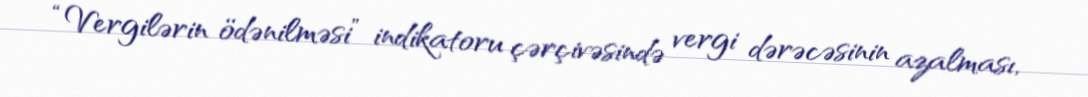
“Vergilərin ödənilməsi” indikatoru çərçivəsində vergi dərəcəsinin azalması,